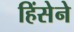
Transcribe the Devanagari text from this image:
हिंसेने